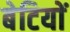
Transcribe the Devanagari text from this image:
बेटियाें